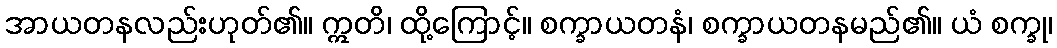
အာယတနလည်းဟုတ်၏။ ဣတိ၊ ထို့ကြောင့်။ စက္ခာယတနံ၊ စက္ခာယတနမည်၏။ ယံ စက္ခု၊